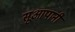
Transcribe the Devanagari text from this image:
सूआपानी